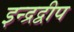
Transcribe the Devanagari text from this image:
इन्द्रद्वीप